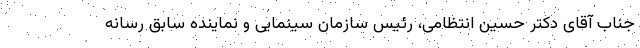
جناب آقای دکتر حسین انتظامی، رئیس سازمان سینمایی و نماینده سابق رسانه